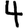
Digit: 4